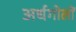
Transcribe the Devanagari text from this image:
अर्धगोलों